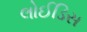
લોઈડિસ